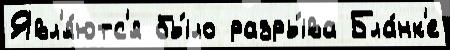
Явл'я́ютс'я бы́ло разры́ва Бла́нк'е